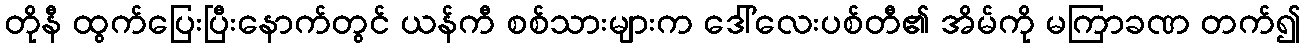
တိုနီ ထွက်ပြေးပြီးနောက်တွင် ယန်ကီ စစ်သားများက ဒေါ်လေးပစ်တီ၏ အိမ်ကို မကြာခဏ တက်၍